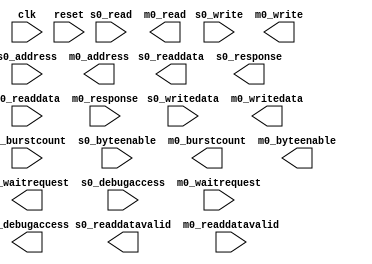
module dma_bridge #(
		parameter DATA_WIDTH        = 256,
		parameter SYMBOL_WIDTH      = 8,
		parameter HDL_ADDR_WIDTH    = 31,
		parameter BURSTCOUNT_WIDTH  = 8,
		parameter PIPELINE_COMMAND  = 1,
		parameter PIPELINE_RESPONSE = 1,
		parameter SYNC_RESET        = 0
	) (
		input  wire                        clk,              //   clk.clk
		input  wire                        reset,            // reset.reset
		output wire                        s0_waitrequest,   //    s0.waitrequest
		output wire [DATA_WIDTH-1:0]       s0_readdata,      //      .readdata
		output wire                        s0_readdatavalid, //      .readdatavalid
		output wire [1:0]                  s0_response,      //      .response
		input  wire [BURSTCOUNT_WIDTH-1:0] s0_burstcount,    //      .burstcount
		input  wire [DATA_WIDTH-1:0]       s0_writedata,     //      .writedata
		input  wire [HDL_ADDR_WIDTH-1:0]   s0_address,       //      .address
		input  wire                        s0_write,         //      .write
		input  wire                        s0_read,          //      .read
		input  wire [31:0]                 s0_byteenable,    //      .byteenable
		input  wire                        s0_debugaccess,   //      .debugaccess
		input  wire                        m0_waitrequest,   //    m0.waitrequest
		input  wire [DATA_WIDTH-1:0]       m0_readdata,      //      .readdata
		input  wire                        m0_readdatavalid, //      .readdatavalid
		input  wire [1:0]                  m0_response,      //      .response
		output wire [BURSTCOUNT_WIDTH-1:0] m0_burstcount,    //      .burstcount
		output wire [DATA_WIDTH-1:0]       m0_writedata,     //      .writedata
		output wire [HDL_ADDR_WIDTH-1:0]   m0_address,       //      .address
		output wire                        m0_write,         //      .write
		output wire                        m0_read,          //      .read
		output wire [31:0]                 m0_byteenable,    //      .byteenable
		output wire                        m0_debugaccess    //      .debugaccess
	);
endmodule